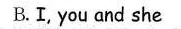
B.I.You and she